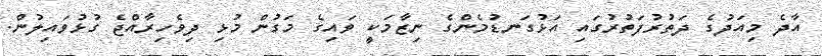
އާދެ މިއަދުގެ ދަތުރުފަތުރުގައި އަޅުގަނޑުމެންގެ ނިޒާމަކީ ވައިގެ މަގުން މުޅި ދިވެހިރާއްޖެ ގުޅުވައިލުން.